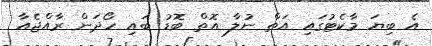
އެ ބިޔަ މާކެޓުގައި އަތް ނުލާ އޮތް ބޮޑު ބައި ހޯދަން ރާއްޖެއާ